Indian journal of veterinary science and animal husbandry - Volume 4,
Year: 1934
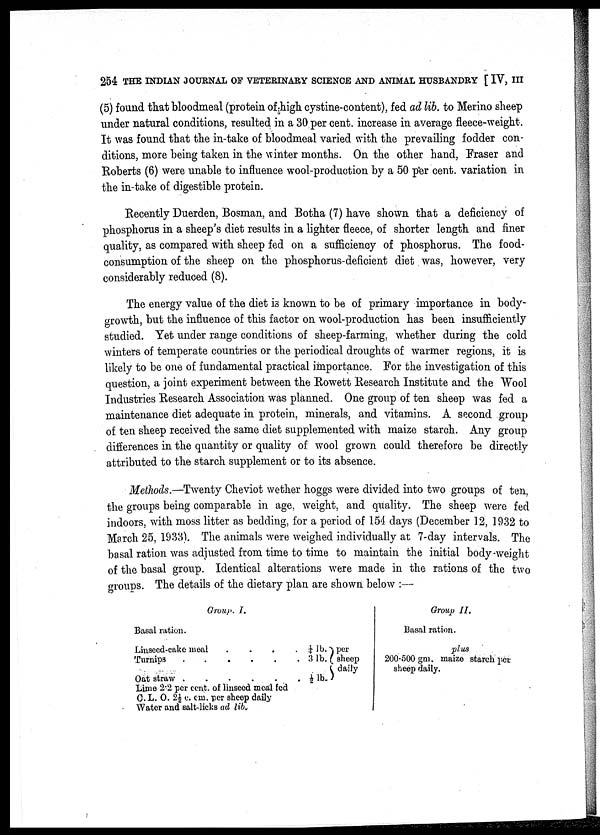
254 THE INDIAN JOURNAL OF VETERINARY SCIENCE AND ANIMAL HUSBANDRY [IV, III
(5) found that bloodmeal (protein of high cystine-content), fed ad lib. to Merino sheep
under natural conditions, resulted in a 30 per cent. increase in average fleece-weight.
It was found that the in-take of bloodmeal varied with the prevailing fodder con-
ditions, more being taken in the winter months. On the other hand, Fraser and
Roberts (6) were unable to influence wool-production by a 50 per cent. variation in
the in-take of digestible protein.
Recently Duerden, Bosman, and Botha (7) have shown that a deficiency of
phosphorus in a sheep's diet results in a lighter fleece, of shorter length and finer
quality, as compared with sheep fed on a sufficiency of phosphorus. The food-
consumption of the sheep on the phosphorus-deficient diet was, however, very
considerably reduced (8).
The energy value of the diet is known to be of primary importance in body-
growth, but the influence of this factor on wool-production has been insufficiently
studied. Yet under range conditions of sheep-farming, whether during the cold
winters of temperate countries or the periodical droughts of warmer regions, it is
likely to be one of fundamental practical importance. For the investigation of this
question, a joint experiment between the Rowett Research Institute and the Wool
Industries Research Association was planned. One group of ten sheep was fed a
maintenance diet adequate in protein, minerals, and vitamins. A second group
of ten sheep received the same diet supplemented with maize starch. Any group
differences in the quantity or quality of wool grown could therefore be directly
attributed to the starch supplement or to its absence.
Methods.—Twenty Cheviot wether hoggs were divided into two groups of ten,
the groups being comparable in age, weight, and quality. The sheep were fed
indoors, with moss litter as bedding, for a period of 154 days (December 12, 1932 to
March 25, 1933). The animals were weighed individually at 7-day intervals. The
basal ration was adjusted from time to time to maintain the initial body-weight
of the basal group. Identical alterations were made in the rations of the two
groups. The details of the dietary plan are shown below :—
Group. I.
Basal ration.
Linseed-cake meal . . . .
Turnips . . . .
Oat straw . . . .
Lime 2.2 per cent. of linseed meal fed
C. L. 0. 2½ c. cm. per sheep daily
Water and salt-licks ad lib.
¼ lb.
3 lb.
½ lb
per
sheep
daily
Group II.
Basal ration.
plus
200-500 gm. maize starch per
sheep daily.